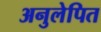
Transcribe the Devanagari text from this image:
अनुलेपित